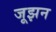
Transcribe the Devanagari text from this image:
जूझन